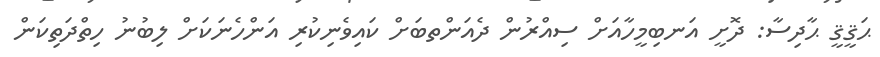
ޙަޤީޤީ ޙާދިސާ: ދޮށީ އަނބިމީހާއަށް ސިއްރުން ދެއަންތބަށް ކައިވެނިކުރި އަންހެނަކަށް ލިބުނު ހިތްދަތިކަން